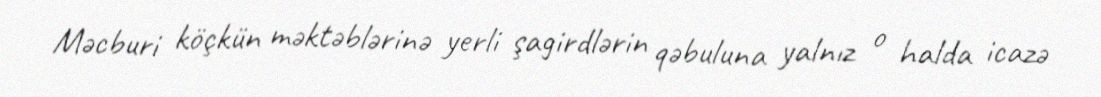
Məcburi köçkün məktəblərinə yerli şagirdlərin qəbuluna yalnız o halda icazə